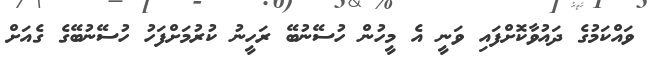
ވައްކަމުގެ ދައުވާކޮށްފައި ވަނީ އެ މީހުން ހުސޭނުބޭ ރަހީނު ކުރުމަށްފަހު ހުސޭނުބޭގެ ގެއަށް